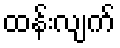
ထန်းလျက်